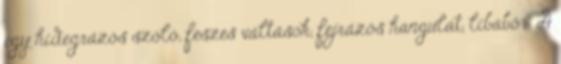
egy hidegrázós szóló, feszes váltások, fejrázós hangulat, libabőr. A